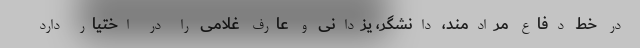
در خط دفاع مرادمند، دانشگر، یزدانی و عارف غلامی را در اختیار دارد